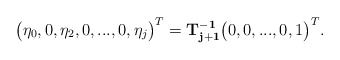
\begin{align*}\big(\eta_0, 0, \eta_2, 0, ..., 0, \eta_j\big)^{T}={\bf T_{j+1}^{-1}}\big(0, 0, ..., 0, 1\big)^{T}.\end{align*}